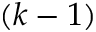
( k - 1 )